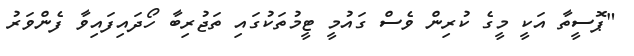
"ޕޮސީތާ އަކީ މީގެ ކުރިން ވެސް ގައުމީ ޓީމުތަކުގައި ތަޖުރިބާ ހޯދައިފައިވާ ފެންވަރު